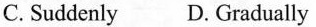
C. Suddenly D. Gradually